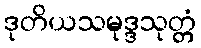
ဒုတိယသမုဒ္ဒသုတ္တံ